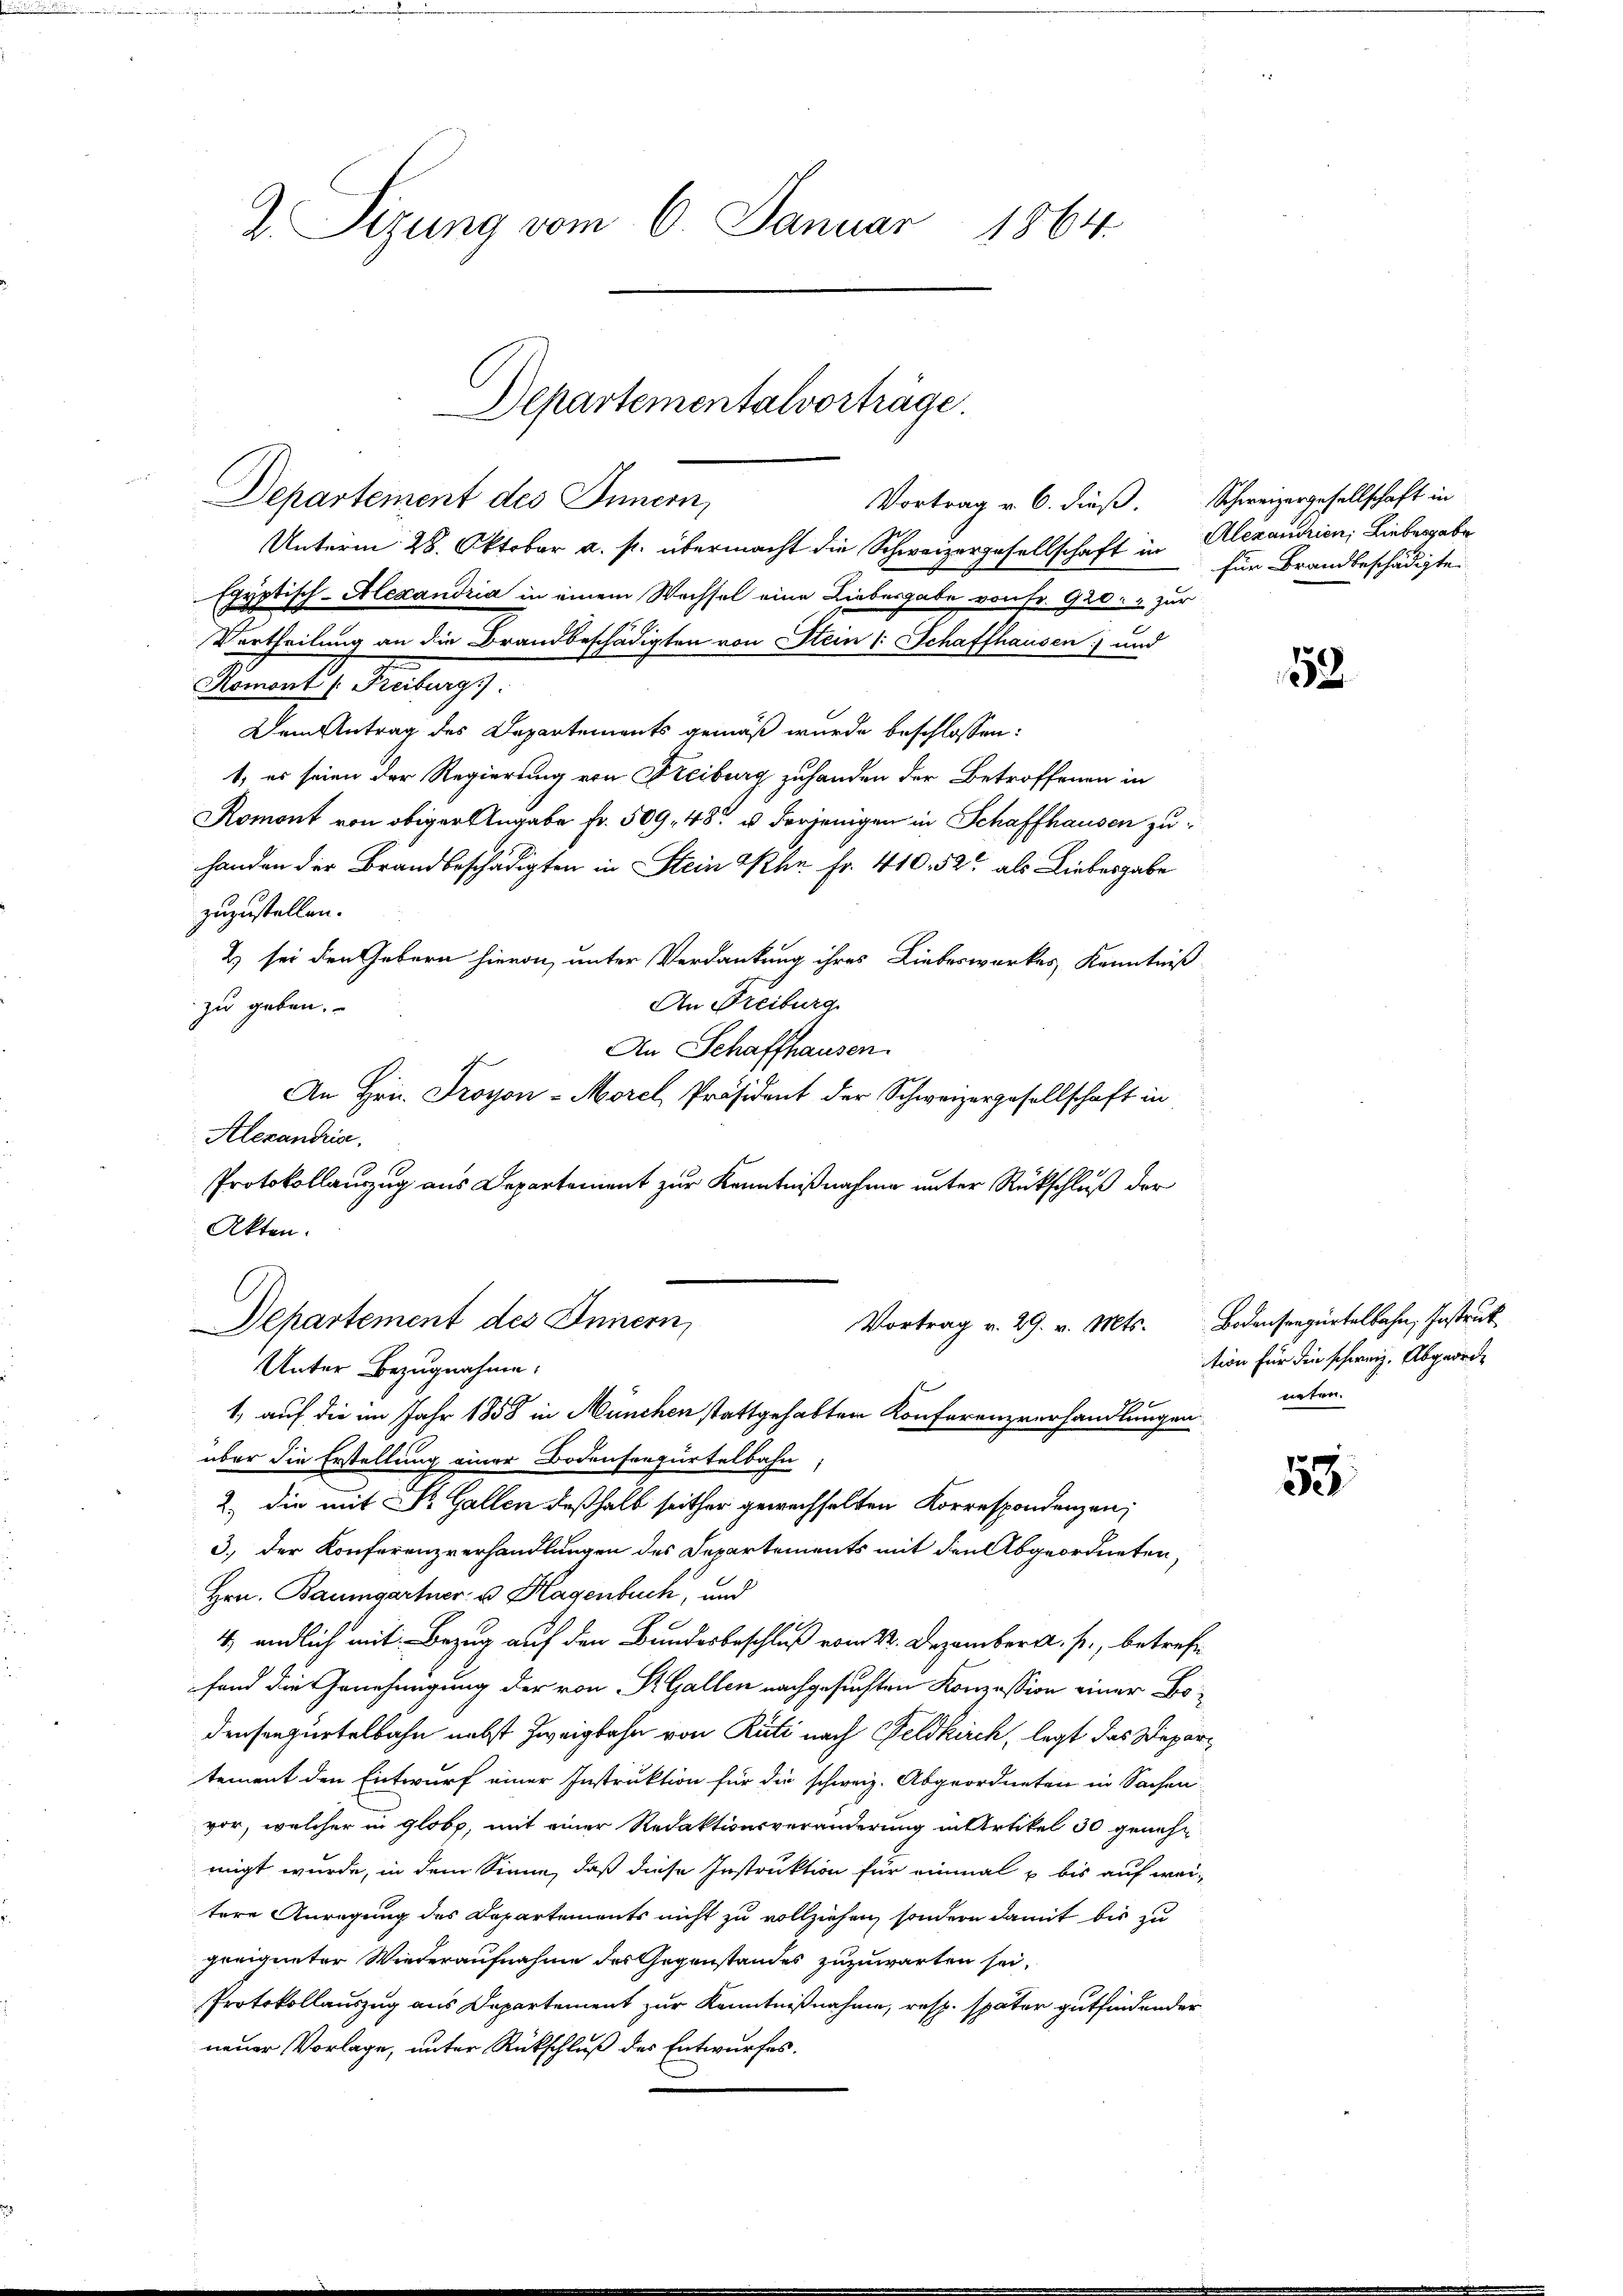
Sizung vom 6. Januar 1864.

Departementalvorträge
Departement des Innern,
Vortrag v. 6. dieß. Schweizergesellschaft in

Unterm 28. Oktober a. p. übermacht die Schweizergesellschaft in
Egyptisch-Alexandria in einem Wechsel eine Liebesgabe von Fr. 920 " zur
Vertheilung an die Brandbeschädigten von Stein 1 Schaffhausen) und
Kammelte erlangt.
Dem Antrag des Departements gemäß wurde beschlossen:
1, es seien der Regierung von Freiburg zuhanden der Betroffenen in
Romont von obiger Angabe fr. 509, 48 u. derjenigen in Schaffhausen zu
handen der Brandbeschädigten in Stein Khr. Fr. 410. 52 als Liebesgabe
zuzustellen.
2) sei den Gebern hievon unter Verdankung ihres Liebeswerkes Kenntniß
An Freiburg
zu geben.
An Schaffhausen.
An Hrn. Froyon-Morel, Präsident der Schweizergesellschaft in
Alexandria.
Protokollauszug aus Departement zur Kenntnißnahme unter Rückschluß der
Akten.
Vortrag v. 29. v. Mts. Bodenseegürtelbahn, Instruk
Departement des Innern,
Unter Bezugnahme.
s
1, auf die im Jahr 1858 in München stattgehabten Konferenzverhandlungen
über die Erstellung einer Bodenserzurtelbahn
2.) die mit Dr. Gallen deßhalb seither gewechselten Korrespondenzen,
3., der Konferenzverhandlungen des Departements mit den Abgeordneten,
Hrn. Baumgartner- u. Hagenbuch, und
4, endlich mit Bezug auf den Bundesbeschluß vom 22. Dezember a. p., betreff
fand die Genehmigung der von R. Gallen nachgesuchten Konzession einer Bodenseegürtelbahn nebst Zweigbahn von Rüti nach Feldkirch, legt das Departement den Entwurf einer Instruktion für die schweiz. Abgeordneten in Sachen
vor, welcher in globt, mit einer Redaktionsveränderung in Artikel 30 genehm
migt wurde, in dem Sinne, daß diese Instruktion für einmal u bis auf wei-
tere Anregung des Departements nicht zu vollziehen, sondern damit bis zu
geeigneter Wiederaufnahme des Gegenstandes zuzuwarten sei,
Protokollauszug aus Departement zur Kenntnißnahme, resp. später gutfindender
neuer Vorlage, unter Rückschluß des Entwurfes.

Alexanien, Liebesgabe
für Brandbeschädigte.

52

tion für die schweiz. Abgeorde
neten.

55.